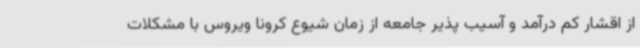
از اقشار کم درآمد و آسیب پذیر جامعه از زمان شیوع کرونا ویروس با مشکلات